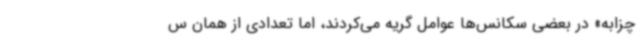
چزابه» در بعضی سکانس‌ها عوامل گریه می‌کردند، اما تعدادی از همان س